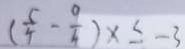
( \frac { 5 } { 4 } - \frac { 9 } { 4 } ) \times \leq - 3